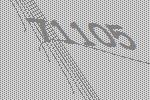
71105